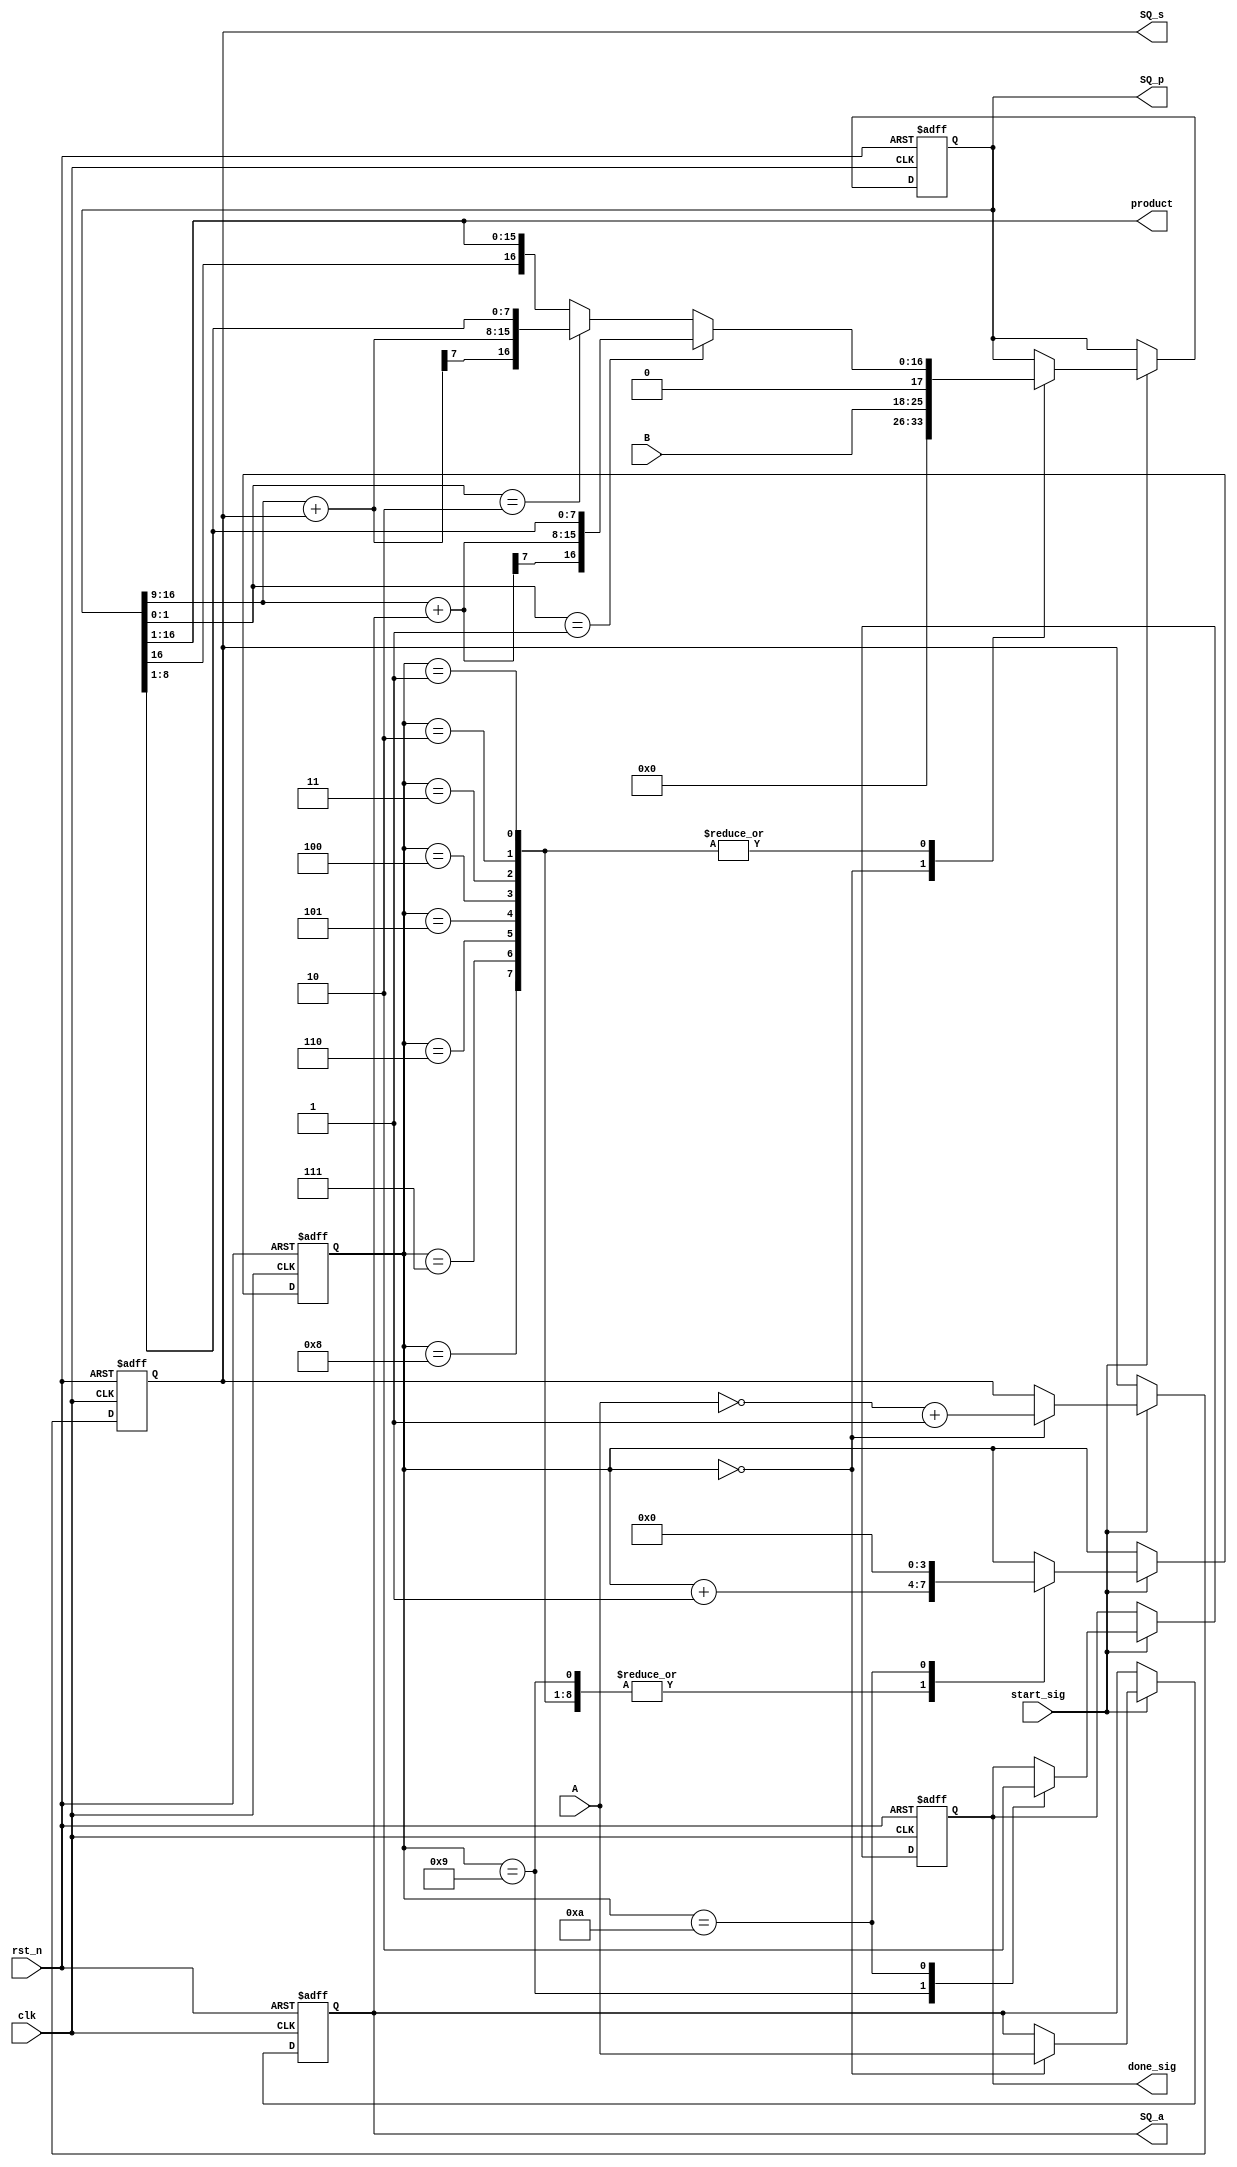
///////////////////////////////////////////////////////////////////
// booth
// 1>P P = {n'd0, B, 1'b0};
// 2>P[1:0],P[2n+1:n+1]A,P={P[2n+1:n+1]A, P[n:0]};
// 3>P[2n+1]P
// 4>n2,3
///////////////////////////////////////////////////////////////////
//
//booth
//2>PA
//3>2> P
//P
//
//////////////////////////////////////////////////////////////////



module booth_multiplier_module_improve(
    input clk,
    input rst_n,
    
    input start_sig,
    input [7:0]A,
    input [7:0]B,
    
    output done_sig,
    output [15:0]product,
    
    output [7:0]SQ_a,
    output [7:0]SQ_s,
    output [16:0]SQ_p
    );
    
    /*******************/
    
    reg [3:0]i;
    
    reg [7:0]a;     //result of A
    reg [7:0]s;     //reverse result of A
    reg [16:0]p;    //operation register P=2*8+1=17
    reg [3:0]n;     //n(8)
    reg isDone;
    
    reg [7:0]diff1; //PA
    reg [7:0]diff2;
    
    
    /*******************/
    always @(posedge clk or negedge rst_n) begin
        if (!rst_n) begin
            i <= 4'd0;
            a <= 8'd0;
            s <= 8'd0;
            p <= 17'd0; //p0
            n <= 4'd0;
            isDone <= 1'b0;
        end
        else if (start_sig)
            case (i)
            
                0:
                begin
                    a <= A;
                    s <= (~A + 1'b1);
                    p <= {8'd0, B, 1'b0}; //P
                    i <= i + 1'b1;
                end
                
                1,2,3,4,5,6,7,8: //P + P
                    begin
                        diff1 = p[16:9] + a; //
                        diff2 = p[16:9] + s; //because""
                    
                        if (p[1:0] == 2'b01)
                            p <= {diff1[7], diff1, p[8:1]}; //+A+
                        else if (p[1:0] == 2'b10)
                            p <= {diff2[7], diff2, p[8:1]}; //-A+
                        else
                            p <= {p[16], p[16:1]}; //+
    
                        i <= i + 1'b1;
                    end
                
                9:
                begin // -- (): 1.pa 2.p>>1
                    isDone <= 1'b1;
                    i <= i + 1'b1;
                end
                
                10:
                begin
                    isDone <= 1'b0;
                    i <= 4'd0;
                end
                
            endcase
    end
    
    assign done_sig = isDone;
    assign product = p[16:1];
    
    assign SQ_a = a;
    assign SQ_s = s;
    assign SQ_p = p;
    
endmodule